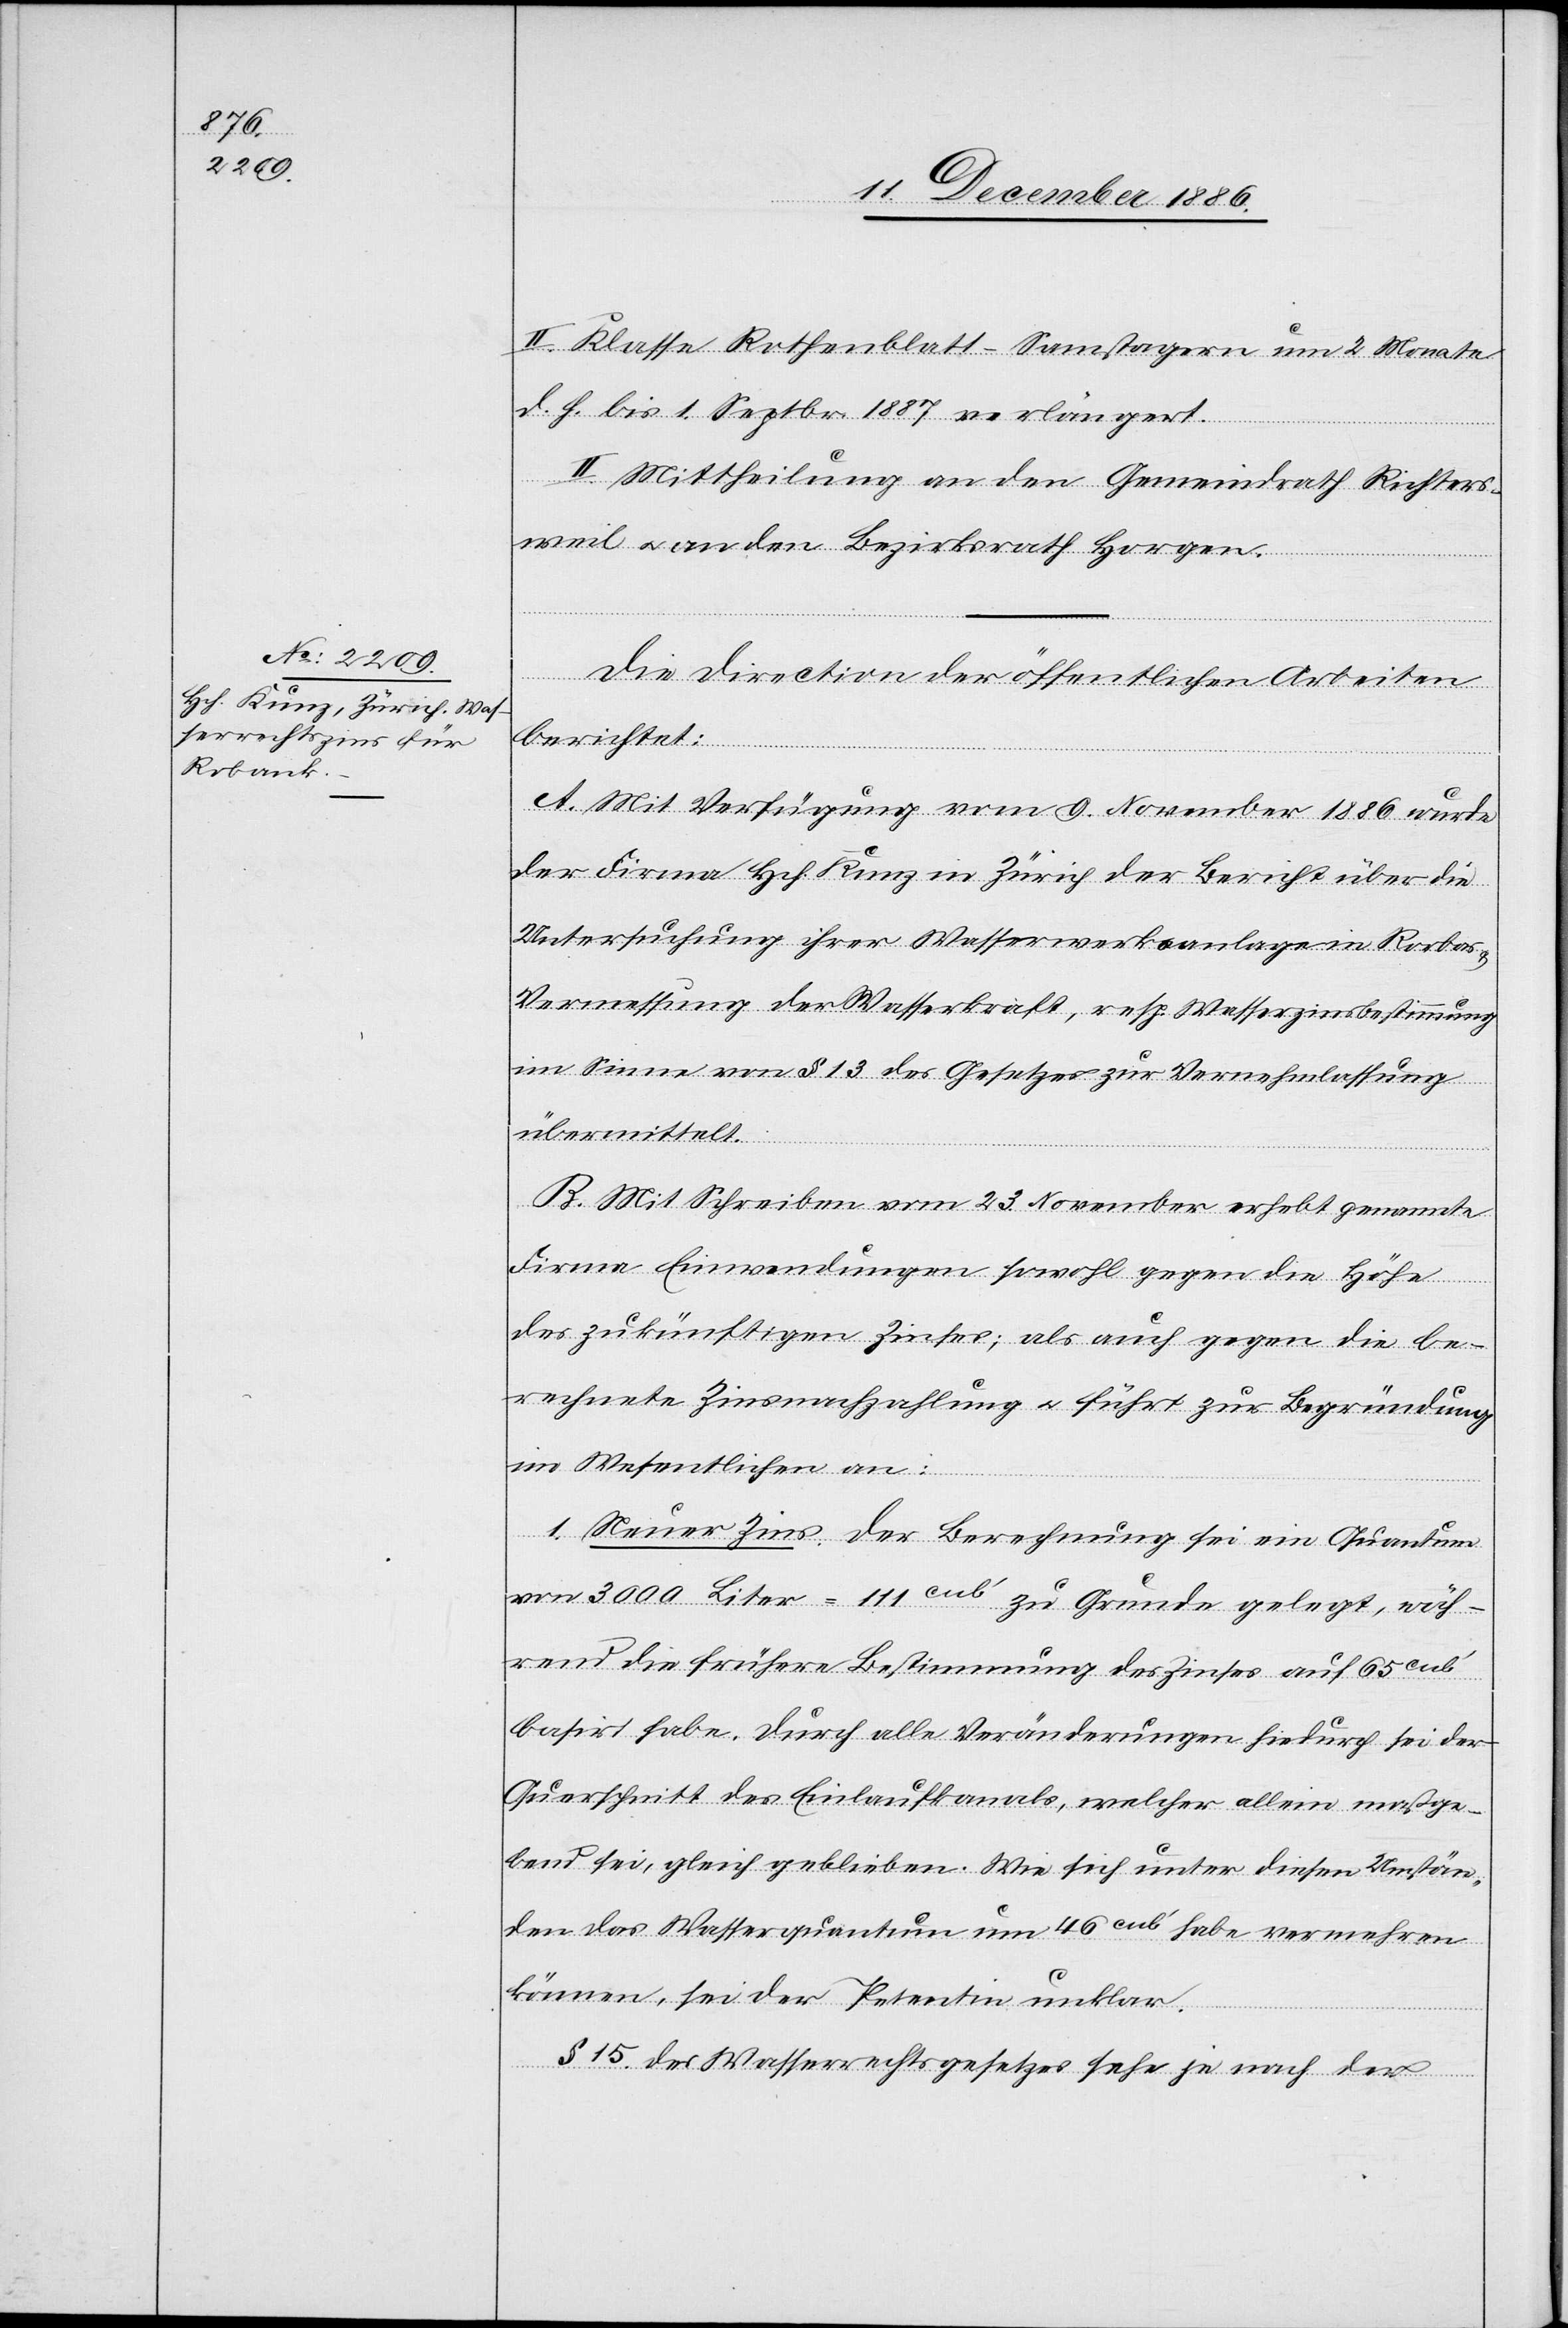
II. Klasse Rothenblatt–Samstagern um 2 Monate
d. h. bis 1. Septbr. 1887 verlängert.
II. Mittheilung an den Gemeindrath Richters¬
weil & an den Bezirksrath Horgen.
Die Direction der öffentlichen Arbeiten
berichtet:
A. Mit Verfügung vom 9. November 1886 wurde
der Firma Hch. Kunz in Zürich der Bericht über die
Untersuchung ihrer Wasserwerksanlage in Rorbas
Vermessung der Wasserkraft, resp. Wasserzinsbestimmung
im Sinne von § 13 des Gesetzes zur Vernehmlassung
übermittelt.
B. Mit Schreiben vom 23. November erhebt genannte
Firma Einwendungen sowohl gegen die Höhe
des zukünftigen Zinses; als auch gegen die be¬
rechnete Zinsnachzahlung & führt zur Begründung
im Wesentlichen an:
1. Neuer Zins. Der Berechnung sei ein Quantum
von 3000 Liter = 111cub‘ zu Grunde gelegt, wäh¬
rend die frühere Bestimmung des Zinses auf 65cub‘
basirt habe. Durch alle Veränderungen hindurch sei der
Querschnitt des Einlaufkanals, welcher allein maßge¬
bend sei, gleich geblieben. Wie sich unter diesen Umstän¬
den das Wasserquantum um 46cub‘ habe vermehren
können, sei der Petentin unklar.
§ 15. des Wasserrechtsgesetzes sehe je nach der